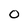
Character: 0